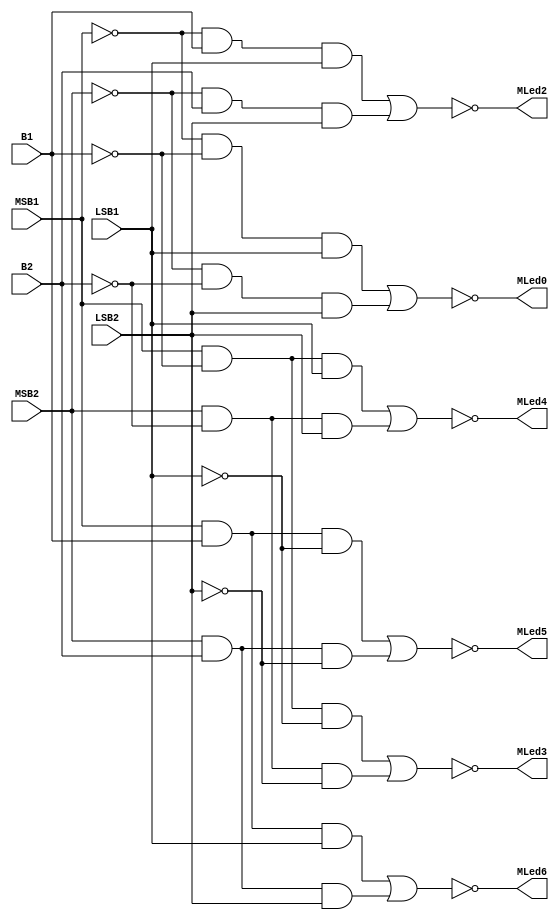
module decod_Matriz(MSB1, B1, LSB1,MSB2, B2, LSB2, MLed0, MLed2, MLed3, MLed4, MLed5, MLed6);
	input MSB1, B1, LSB1,MSB2, B2, LSB2;
	output MLed0, MLed2, MLed3, MLed4, MLed5, MLed6;
	
	wire not_MSB1, not_B1, not_LSB1, not_MSB2, not_B2, not_LSB2;
	wire aux1_MLed0, aux1_MLed2, aux1_MLed3, aux1_MLed4, aux1_MLed5, aux1_MLed6,
	aux2_MLed0, aux2_MLed2, aux2_MLed3, aux2_MLed4, aux2_MLed5, aux2_MLed6;
	
	not int_MSB1(not_MSB1, MSB1);
	not int_B1(not_B1, B1);
	not int_LSB1(not_LSB1, LSB1);
	
	not int_MSB2(not_MSB2, MSB2);
	not int_B2(not_B2, B2);
	not int_LSB2(not_LSB2, LSB2);
	
	and func1_1(aux1_MLed0, not_MSB1, not_B1, LSB1);
	and func1_3(aux1_MLed2, not_MSB1, B1, LSB1);
	and func1_4(aux1_MLed3, MSB1, not_B1, not_LSB1);
	and func1_5(aux1_MLed4, MSB1, not_B1, LSB1);
	and func1_6(aux1_MLed5, MSB1, B1, not_LSB1);
	and func1_7(aux1_MLed6, MSB1, B1, LSB1);
	
	and func2_1(aux2_MLed0, not_MSB2, not_B2, LSB2);
	and func2_3(aux2_MLed2, not_MSB2, B2, LSB2);
	and func2_4(aux2_MLed3, MSB2, not_B2, not_LSB2);
	and func2_5(aux2_MLed4, MSB2, not_B2, LSB2);
	and func2_6(aux2_MLed5, MSB2, B2, not_LSB2);
	and func2_7(aux2_MLed6, MSB2, B2, LSB2);
	
	nor(MLed0, aux1_MLed0, aux2_MLed0);
	nor(MLed2, aux1_MLed2, aux2_MLed2);
	nor(MLed3, aux1_MLed3, aux2_MLed3);
	nor(MLed4, aux1_MLed4, aux2_MLed4);
	nor(MLed5, aux1_MLed5, aux2_MLed5);
	nor(MLed6, aux1_MLed6, aux2_MLed6);
	
endmodule